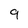
Character: 9